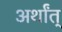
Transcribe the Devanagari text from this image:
अर्थांत्